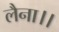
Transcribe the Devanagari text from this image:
लैना।।